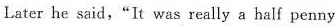
Later he said,"It was really a half penny